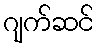
ဂျက်ဆင်